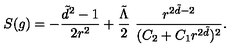
S ( g ) = - \frac { \tilde { d } ^ { 2 } - 1 } { 2 r ^ { 2 } } + \frac { \tilde { \Lambda } } { 2 } \ \frac { r ^ { 2 \tilde { d } - 2 } } { ( C _ { 2 } + C _ { 1 } r ^ { 2 \tilde { d } } ) ^ { 2 } } .